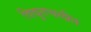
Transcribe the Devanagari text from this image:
विद्युतचलीत